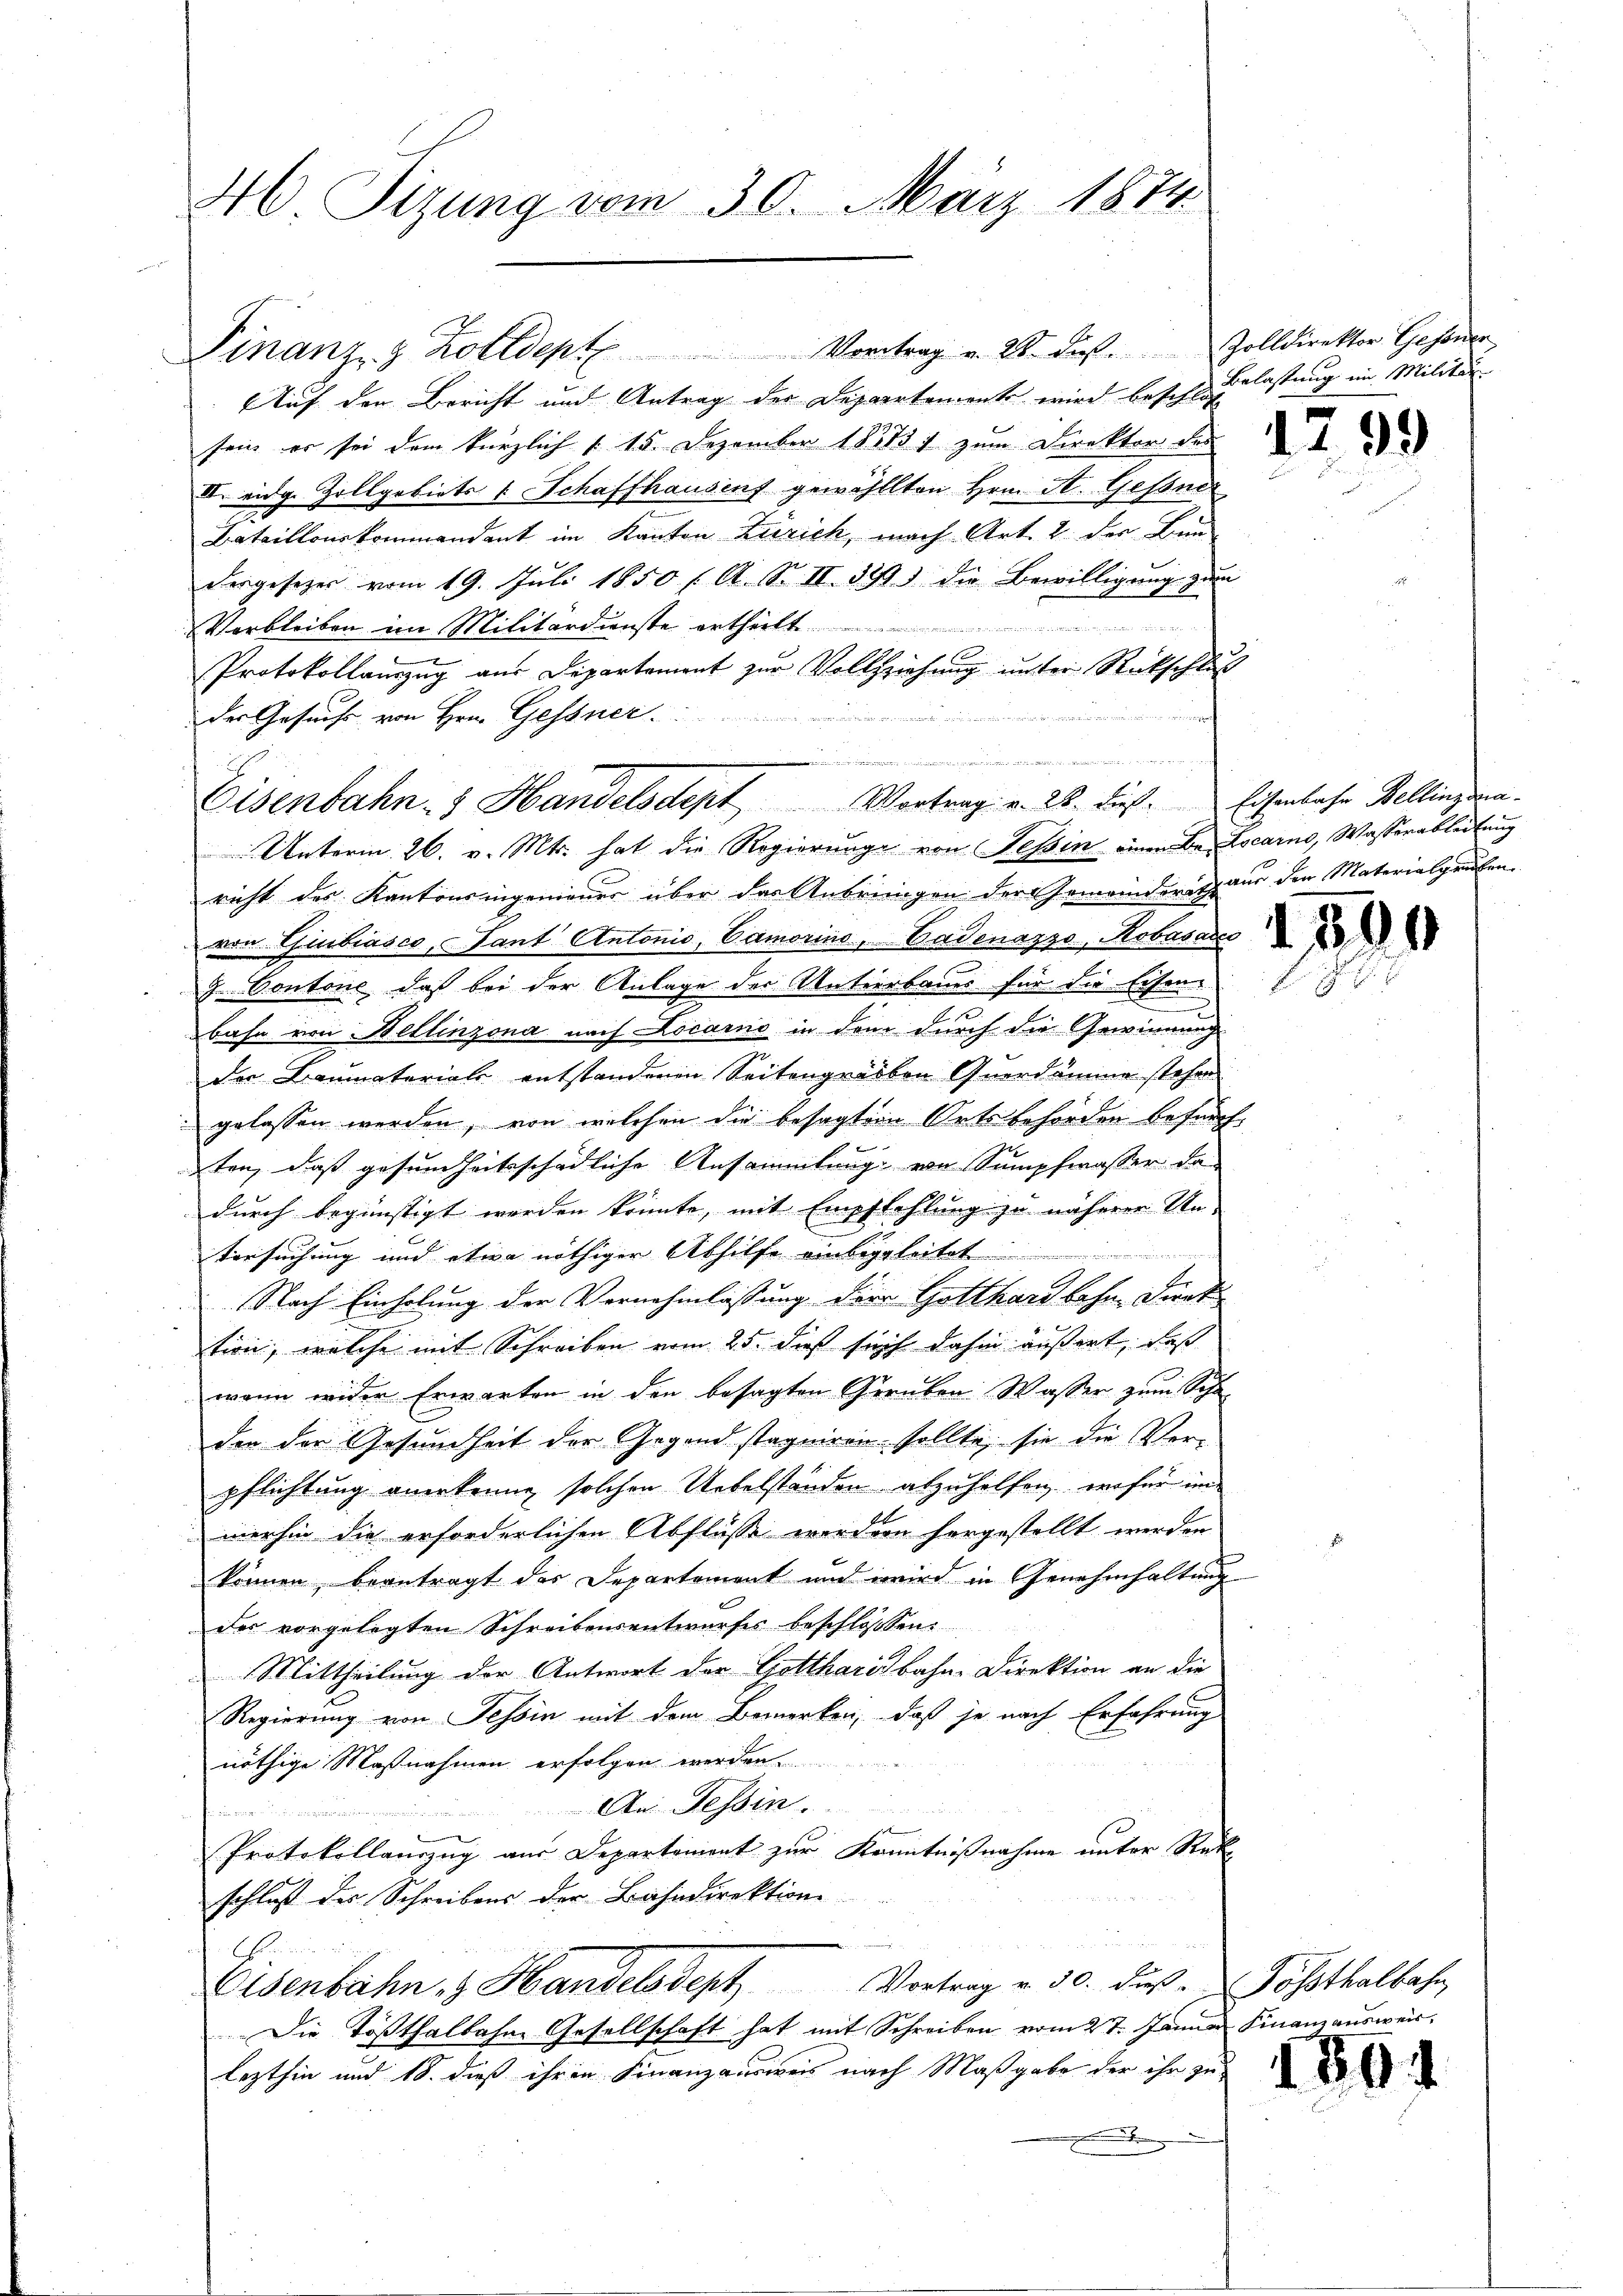
46 Sizung vom 30. März 1874.

Finanz- & Zolldept Vortrag v. 28. ds. Zolldirektor Gesaner
Auf der Bericht und Antrag der Departements wird beschloß
sein er sei dem kürzlich § 15. Dezember 1873 zum Direktor des
II. eidg. Zollgebiets & Schaffhausenf gewähllten Hrn. A. Gessner
Bataillonskommandant im Kanton Zürich, nach Art. 2. der Bun
dergesezes vom 19. Juli 1850 / A. S. II 529) die Bewilligung zum
Verbleiben im Militärdienste ertheilt.
6
Protokollauszug aus Departement zur Vollziehung unter Rückschluß

der Gesuchs von Hrn. Gessner
richt des Kantonsingenieuer über das Anbringen der Gemeinderith aus den Materialgrufen.
von Gubiasco, Tant Antonis, Camorino, Badenazzo, Robasacco
g Contone, daß bei der Anlage der Antierbauer für die Eisen
.
l
bahn von Hellinzona nach Locarno in dem durch die Gewinnung
der Baumaterials entstandenen Seitengräben Querdämme stehen
gelassen werden, von welchen die besagten Ortsbehörden befürchten, daß gesundheitsschädliche Ansammlung von Sumpfwasser da
durch begünstigt werden könnte, mit Empfehlung zu näherer Un-
tersuchung und etwa nöthiger Abhilfe einbegleitet.
Nach Einholung der Vernehmlassung der Gotthardbahn, Direk
tion, welche mit Schreiben vom 25. dieß sich dahin äußert, daß
wann wider Erwarten in den besagten Geruben. Wasser zum Scha
den der Gesundheit der Gegend stagniren sollte, sie die Verpflichtung anerkenne solchen Uebelständen abzuhelfen, wofür im
merhin die erforderlichen Abflusse werden horgestellt werden
können, beantragt des Departement und wird in Genehmhaltung
des vorgelegten Schreibensentwurfes beschlossen:
Mittheilung der Antwort der Gottharis bahn. Direktion an die
Regierung von Tessin mit dem Bemerken, daß je nach Erfahrung
nöthige Maßnahmen erfolgen werden
An Tessin
n
e
Protokollauszug aus Departement zur Kenntnißnahme unter Rek
schloß des Schreibens der Bahndirektion
E
Eisenbahn, 3 Handelsdept Vortrag v. 30. dus. Sössthalbahn,
Die Tößthalbahne Gesellschaft hat mit Schreiben vom 27. Januar Finanzausweis
lezthin und 18. dieß ihren Finanzausweis nach Maßgabe der ihr zu

.
Eisenbahn- Handelsdept Vortrag v. 28. dieß. Eisenbahr Bellinzona
Unterm 26. v. Mts. hat die Regierunge von Tessin einen Belocarno, Wasserableitung

Belastung im Militar

1299

1

i

130

.